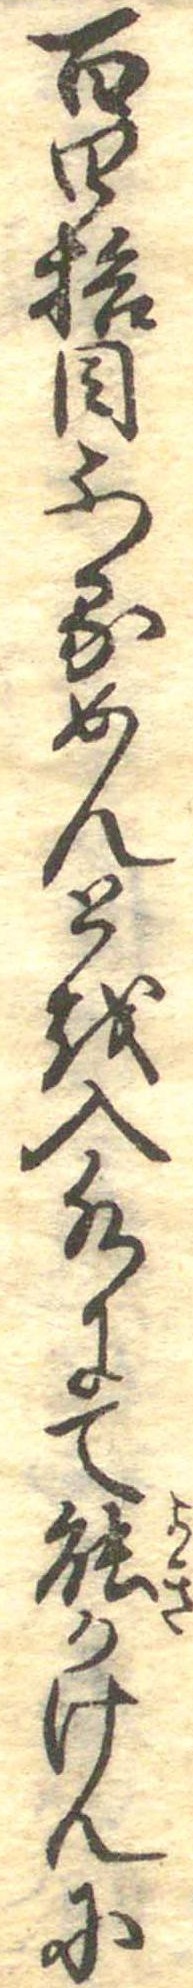
百四拾目ふるめんとを入水にて能かけんに